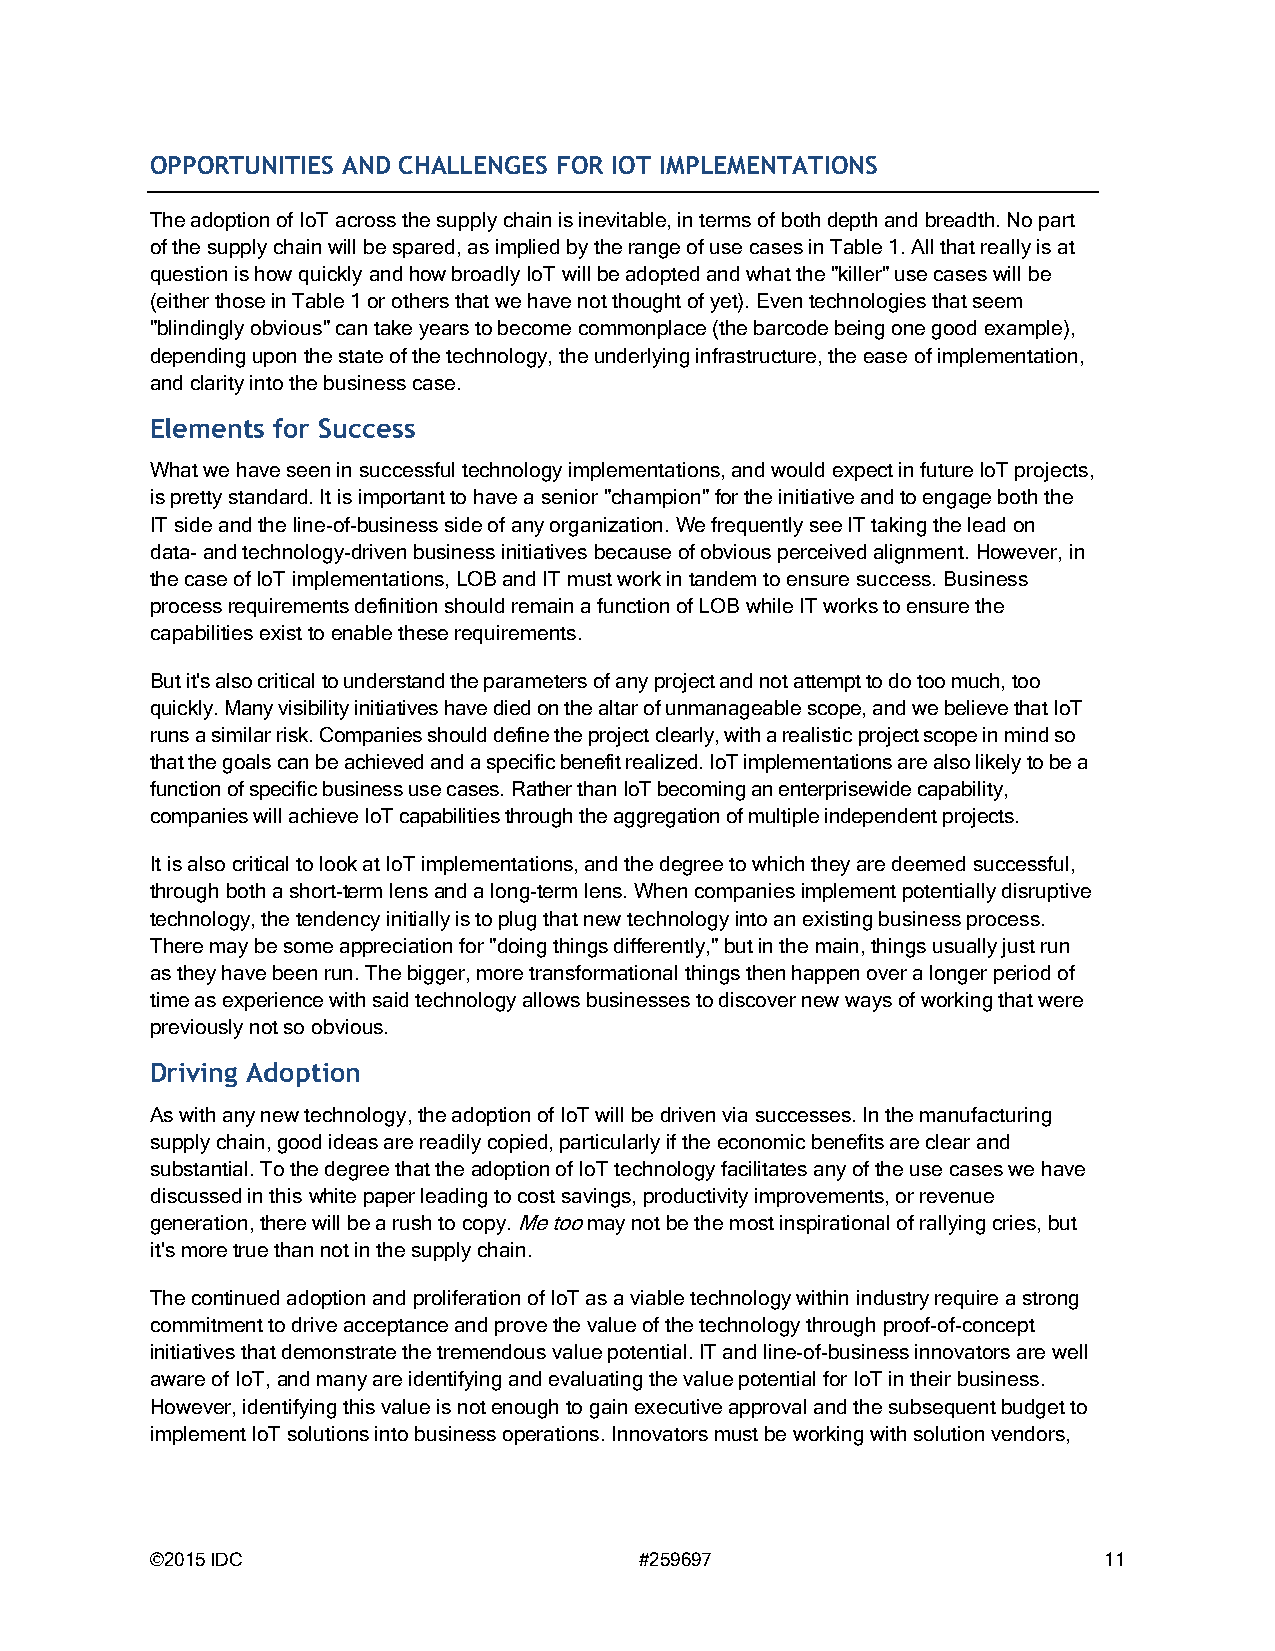
OPPORTUNITIES AND CHALLENGES FOR IOT IMPLEMENTATIONS
 The adoption of IoT across the supply chain is inevitable, in terms of both depth and breadth. No part
 of the supply chain will be spared, as implied by the range of use cases in Table 1. All that really is at
 question is how quickly and how broadly IoT will be adopted and what the "killer" use cases will be
 (either those in Table 1 or others that we have not thought of yet). Even technologies that seem
 "blindingly obvious" can take years to become commonplace (the barcode being one good example),
 depending upon the state of the technology, the underlying infrastructure, the ease of implementation,
 and clarity into the business case.
 Elements for Success
 What we have seen in successful technology implementations, and would expect in future IoT projects,
 is pretty standard. It is important to have a senior "champion" for the initiative and to engage both the
 IT side and the line-of-business side of any organization. We frequently see IT taking the lead on
 data- and technology-driven business initiatives because of obvious perceived alignment. However, in
 the case of IoT implementations, LOB and IT must work in tandem to ensure success. Business
 process requirements definition should remain a function of LOB while IT works to ensure the
 capabilities exist to enable these requirements.
 But it's also critical to understand the parameters of any project and not attempt to do too much, too
 quickly. Many visibility initiatives have died on the altar of unmanageable scope, and we believe that IoT
 runs a similar risk. Companies should define the project clearly, with a realistic project scope in mind so
 that the goals can be achieved and a specific benefit realized. IoT implementations are also likely to be a
 function of specific business use cases. Rather than IoT becoming an enterprisewide capability,
 companies will achieve IoT capabilities through the aggregation of multiple independent projects.
 It is also critical to look at IoT implementations, and the degree to which they are deemed successful,
 through both a short-term lens and a long-term lens. When companies implement potentially disruptive
 technology, the tendency initially is to plug that new technology into an existing business process.
 There may be some appreciation for "doing things differently," but in the main, things usually just run
 as they have been run. The bigger, more transformational things then happen over a longer period of
 time as experience with said technology allows businesses to discover new ways of working that were
 previously not so obvious.
 Driving Adoption
 As with any new technology, the adoption of IoT will be driven via successes. In the manufacturing
 supply chain, good ideas are readily copied, particularly if the economic benefits are clear and
 substantial. To the degree that the adoption of IoT technology facilitates any of the use cases we have
 discussed in this white paper leading to cost savings, productivity improvements, or revenue
 generation, there will be a rush to copy. Me too may not be the most inspirational of rallying cries, but
 it's more true than not in the supply chain.
 The continued adoption and proliferation of IoT as a viable technology within industry require a strong
 commitment to drive acceptance and prove the value of the technology through proof-of-concept
 initiatives that demonstrate the tremendous value potential. IT and line-of-business innovators are well
 aware of IoT, and many are identifying and evaluating the value potential for IoT in their business.
 However, identifying this value is not enough to gain executive approval and the subsequent budget to
 implement IoT solutions into business operations. Innovators must be working with solution vendors,
 ©2015 IDC                       #259697                        11